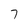
Character: 7